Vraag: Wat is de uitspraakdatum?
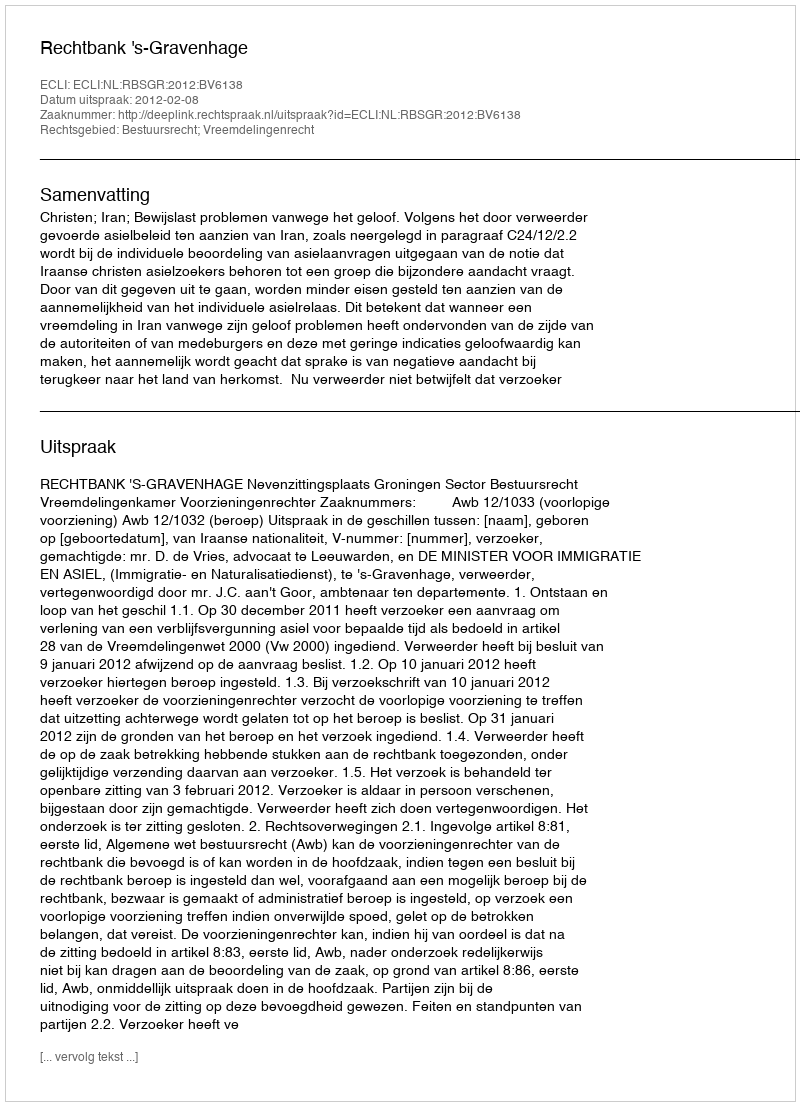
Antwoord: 2012-02-08